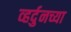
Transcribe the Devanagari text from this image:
व्हर्दुनच्या